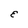
Character: E